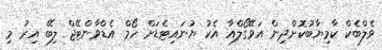
ވެލްބެކް ކާމިޔާބުކޮށްދިން އަވޭގޯލްއާ އެކު ޔުނައިޓެޑަށް ހޯމް އެޑްވާންޓޭޖް ލިބޭ އިރު މި